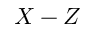
X - Z